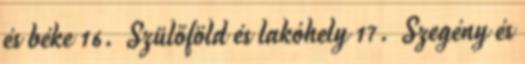
és béke 16. Szülőföld és lakóhely 17. Szegény és